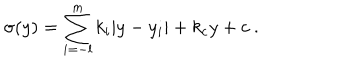
LaTeX: \sigma ( y ) = \sum _ { i = - l } ^ { m } k _ { i } | y - y _ { i } | + k _ { c } y + c ~ . ~ \,